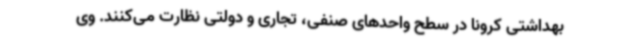
بهداشتی کرونا در سطح واحدهای صنفی، تجاری و دولتی نظارت می‌کنند. وی